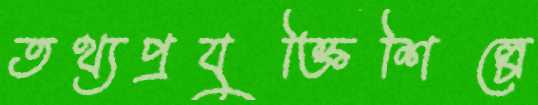
তথ্যপ্রযুক্তিশিল্পে